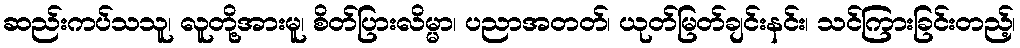
ဆည်းကပ်သသူ၊ လူတို့အားမူ၊ စိတ်ပြားလိမ္မာ၊ ပညာအတတ်၊ ယုတ်မြတ်ချင်းနင်း၊ သင်ကြားခြင်းတည့်၊